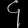
Digit: ၄